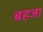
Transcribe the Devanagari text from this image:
बहजा